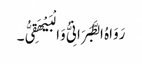
رَوَاہُ الطَّبَرَانِیُّ وَالْبَیْھَقِیُّ۔